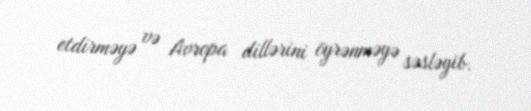
etdirməyə və Avropa dillərini öyrənməyə səsləyib.